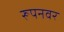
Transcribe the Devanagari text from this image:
रूपनवर